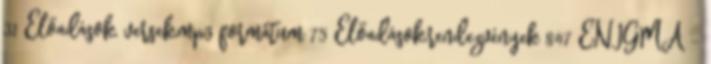
31 Előadások, versek,mp3 formátum 75 Előadások,rendezvények 847 ENIGMA -